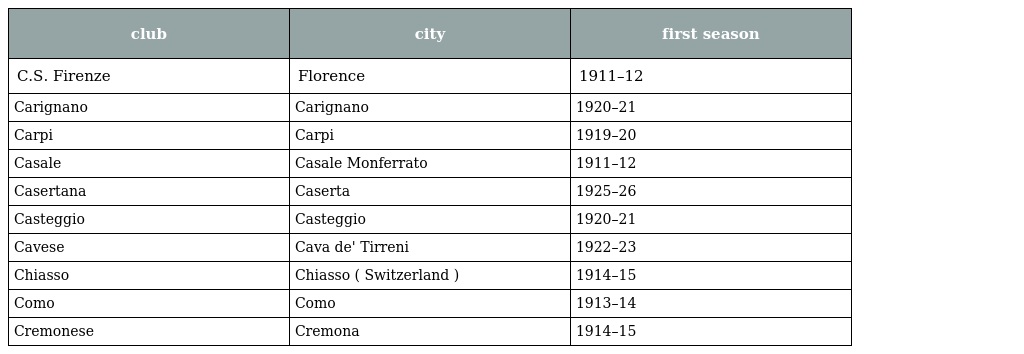
| club | city | first season |
 | --- | --- | --- |
 | C.S. Firenze | Florence | 1911–12 |
 | Carignano | Carignano | 1920–21 |
 | Carpi | Carpi | 1919–20 |
 | Casale | Casale Monferrato | 1911–12 |
 | Casertana | Caserta | 1925–26 |
 | Casteggio | Casteggio | 1920–21 |
 | Cavese | Cava de' Tirreni | 1922–23 |
 | Chiasso | Chiasso ( Switzerland ) | 1914–15 |
 | Como | Como | 1913–14 |
 | Cremonese | Cremona | 1914–15 |